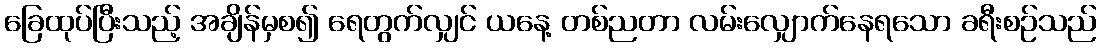
ခြေထုပ်ပြီးသည့် အချိန်မှစ၍ ရေတွက်လျှင် ယနေ့ တစ်ညတာ လမ်းလျှောက်နေရသော ခရီးစဉ်သည်